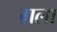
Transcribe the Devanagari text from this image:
ग़ला